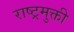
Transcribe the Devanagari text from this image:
राष्ट्रमुक्ती